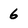
Character: 6